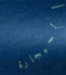
السيجارة